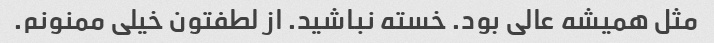
مثل همیشه عالی بود. خسته نباشید. از لطفتون خیلی ممنونم.